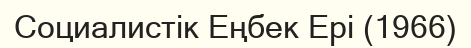
Социалистік Еңбек Ері (1966)